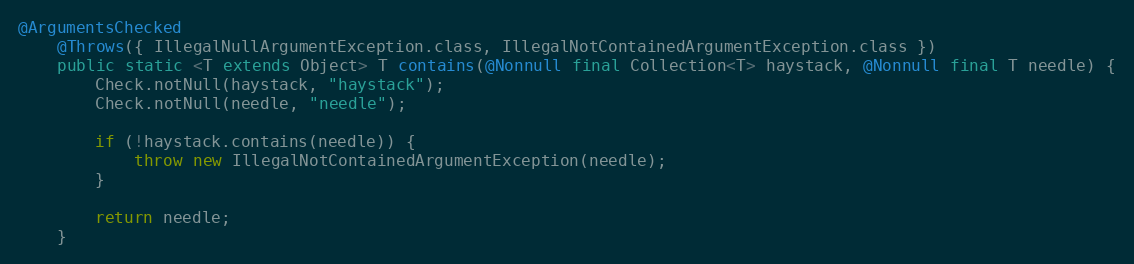
Language: Java
@ArgumentsChecked
	@Throws({ IllegalNullArgumentException.class, IllegalNotContainedArgumentException.class })
	public static <T extends Object> T contains(@Nonnull final Collection<T> haystack, @Nonnull final T needle) {
		Check.notNull(haystack, "haystack");
		Check.notNull(needle, "needle");

		if (!haystack.contains(needle)) {
			throw new IllegalNotContainedArgumentException(needle);
		}

		return needle;
	}